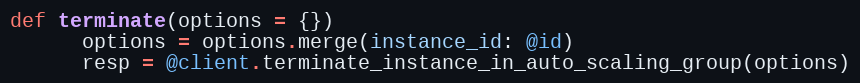
Language: Ruby
def terminate(options = {})
      options = options.merge(instance_id: @id)
      resp = @client.terminate_instance_in_auto_scaling_group(options)